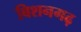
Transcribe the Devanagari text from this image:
बिशनगढ़